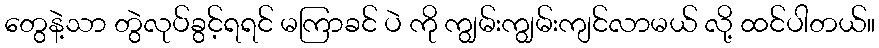
တွေနဲ့သာ တွဲလုပ်ခွင့်ရရင် မကြာခင် ပဲ ကို ကျွမ်းကျွမ်းကျင်လာမယ် လို့ ထင်ပါတယ်။